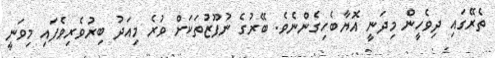
ތެރޭގައި ދިވެހީން މިދަނީ އޮޔާބެހިގެންނެވެ. ބޭރުގެ ނުފޫޒުތަކަށް ވުރެ މިއަދު ބިރުވެރިވެފައި މިވަނީ